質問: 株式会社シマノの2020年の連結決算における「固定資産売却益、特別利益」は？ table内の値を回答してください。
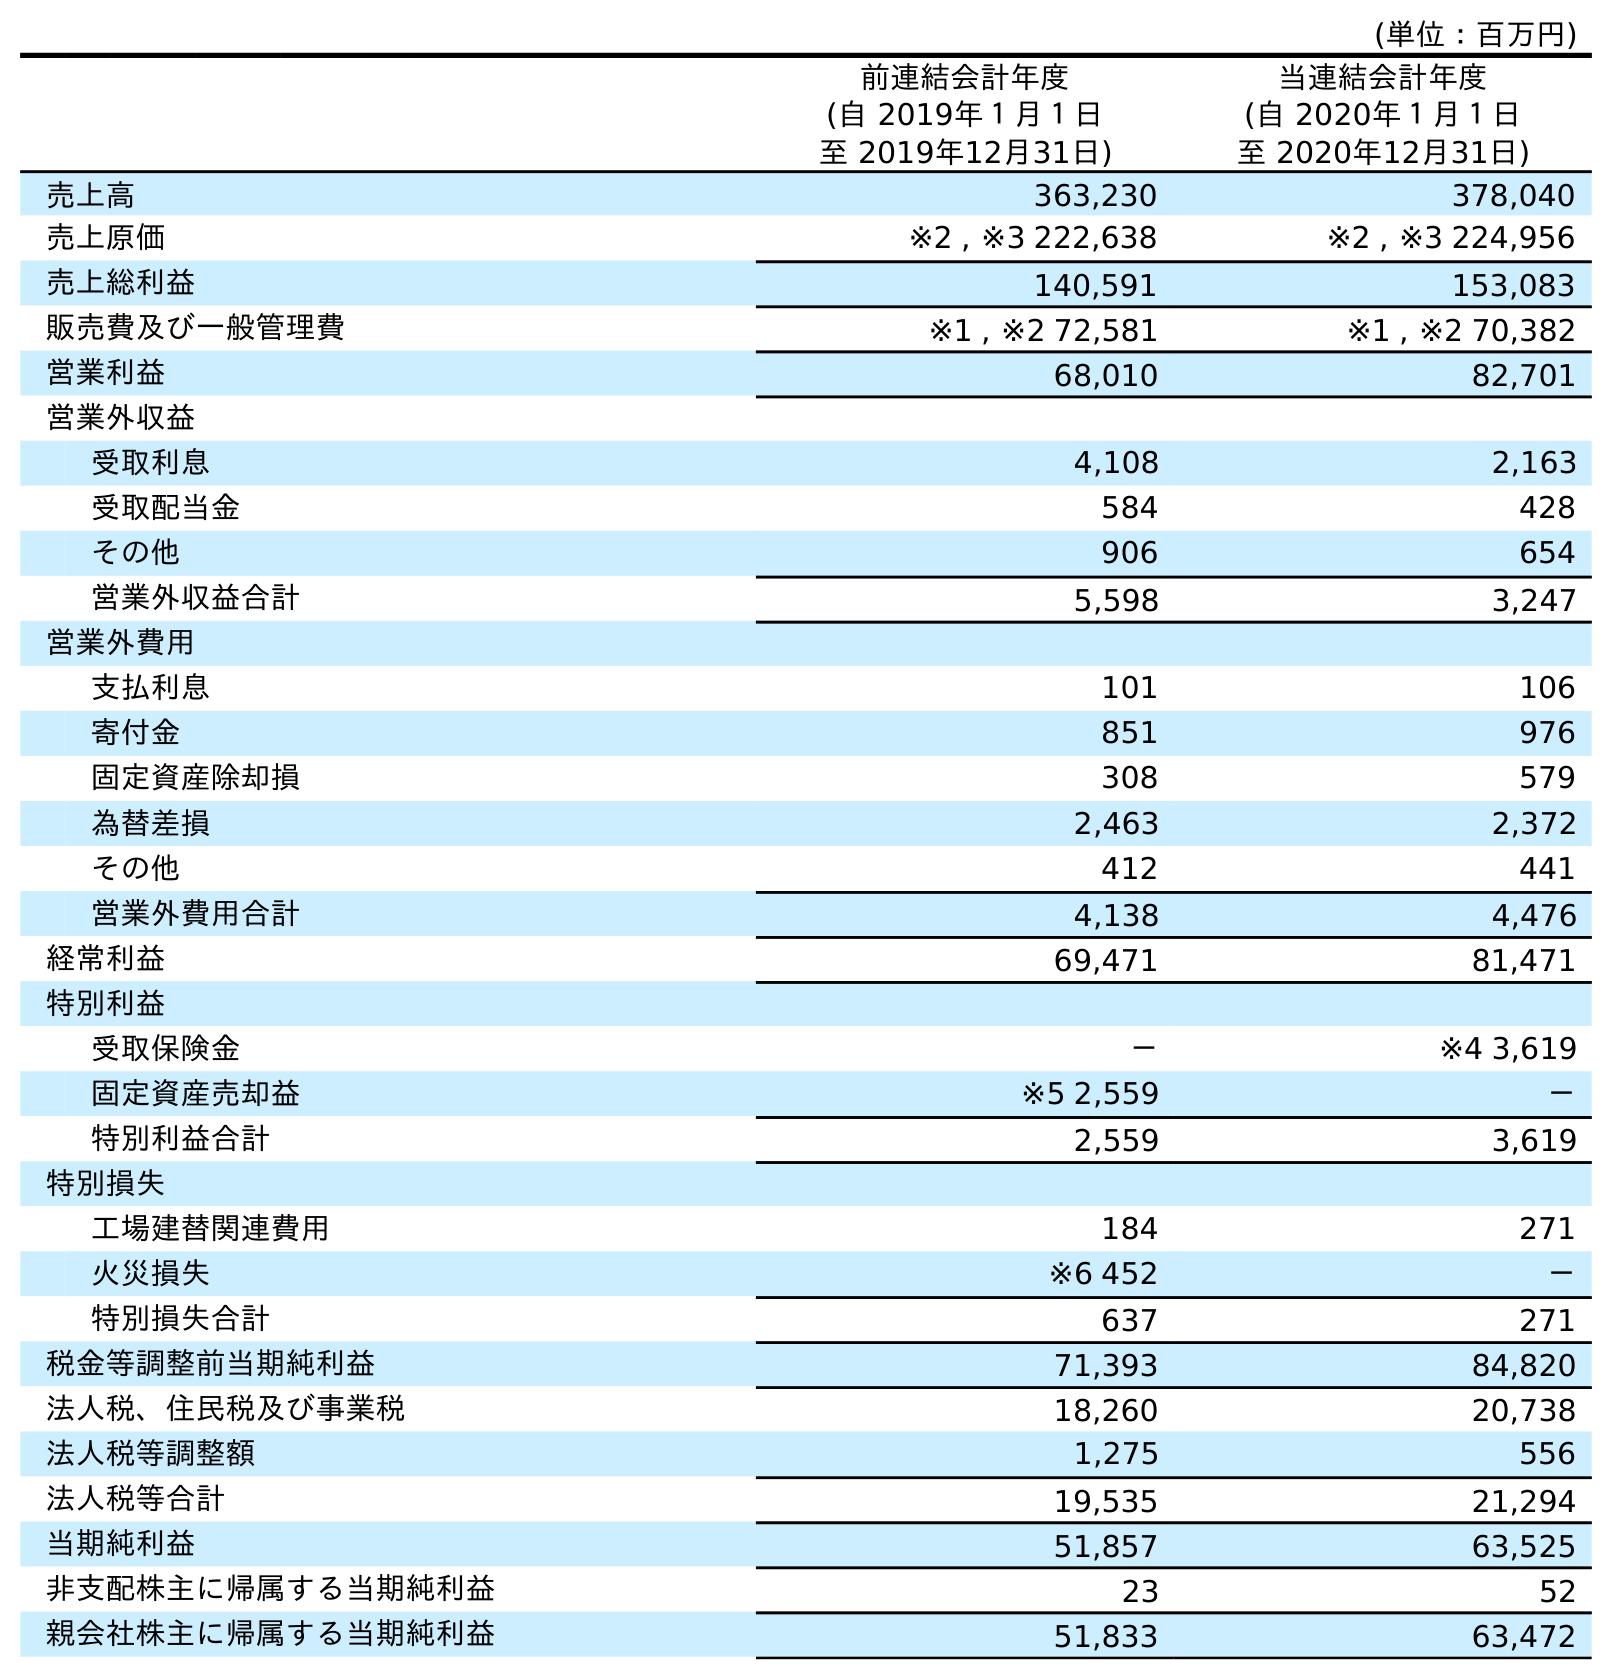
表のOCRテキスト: (単位：百万円) 前連結会計年度 (自 2019年１月１日 至 2019年12月31日) 当連結会計年度 (自 2020年１月１日 至 2020年12月31日) 売上高 363,230 378,040 売上原価 ※2 , ※3 222,638 ※2 , ※3 224,956 売上総利益 140,591 153,083 販売費及び一般管理費 ※1 , ※2 72,581 ※1 , ※2 70,382 営業利益 68,010 82,701 営業外収益 受取利息 4,108 2,163 受取配当金 584 428 その他 906 654 営業外収益合計 5,598 3,247 営業外費用 支払利息 101 106 寄付金 851 976 固定資産除却損 308 579 為替差損 2,463 2,372 その他 412 441 営業外費用合計 4,138 4,476 経常利益 69,471 81,471 特別利益 受取保険金 － ※4 3,619 固定資産売却益 ※5 2,559 － 特別利益合計 2,559 3,619 特別損失 工場建替関連費用 184 271 火災損失 ※6 452 － 特別損失合計 637 271 税金等調整前当期純利益 71,393 84,820 法人税、住民税及び事業税 18,260 20,738 法人税等調整額 1,275 556 法人税等合計 19,535 21,294 当期純利益 51,857 63,525 非支配株主に帰属する当期純利益 23 52 親会社株主に帰属する当期純利益 51,833 63,472
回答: －